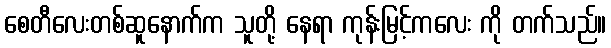
စေတီလေးတစ်ဆူနောက်က သူတို့ နေရာ ကုန်းမြင့်ကလေး ကို တက်သည်။